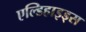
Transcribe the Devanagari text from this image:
एल्डिहाइड्स